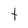
Character: t